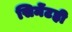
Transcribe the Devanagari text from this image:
सिमेंटही